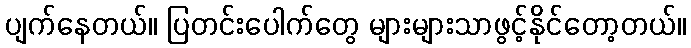
ပျက်နေတယ်။ ပြတင်းပေါက်တွေ များများသာဖွင့်နိုင်တော့တယ်။